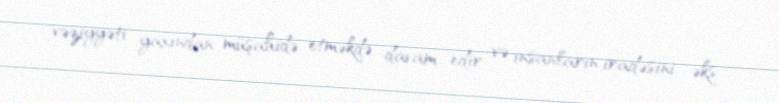
vəziyyəti yaxından müşahidə etməkdə davam edir və insanların iradəsini əks